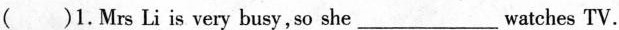
( )1.Mrs Li is very busy, so she___watches TV.